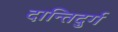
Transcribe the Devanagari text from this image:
दान्तिदुर्ग